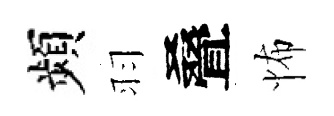
頻羽叠怖